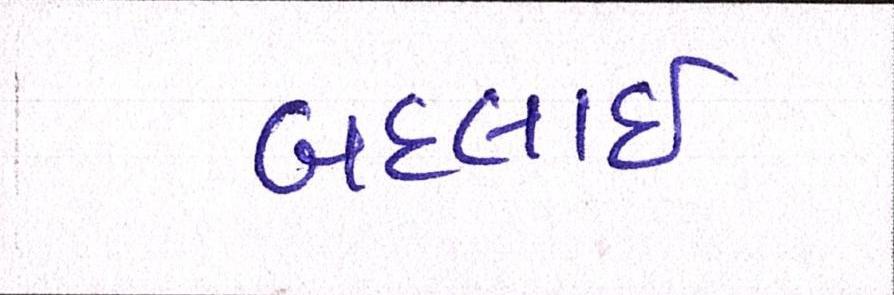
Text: બદલાઈ